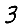
Digit: 3